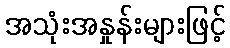
အသုံးအနှုန်းများဖြင့်